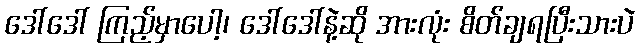
ဒေါ်ဒေါ် ကြည့်မှာပေါ့၊ ဒေါ်ဒေါ်နဲ့ဆို အားလုံး စိတ်ချရပြီးသားပဲ